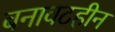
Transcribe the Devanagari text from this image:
बनावटहीन